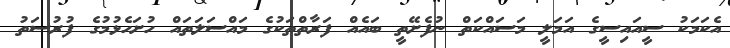
އެކަމަކު ސީއައިސީގެ އަމަލީ މަސައްކަތް ނުފެށޭތީ ބައެއް ފަރާތްތަކުގެ މައްސަލަތައް ހުށަހެޅުމުގެ ފުރުސަތު